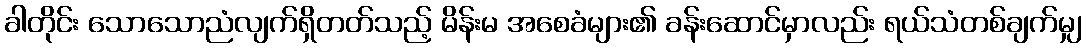
ခါတိုင်း သောသောညံလျက်ရှိတတ်သည့် မိန်းမ အစေခံများ၏ ခန်းဆောင်မှာလည်း ရယ်သံတစ်ချက်မျှ